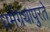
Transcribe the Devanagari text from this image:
धर्मग्रंथापुरते